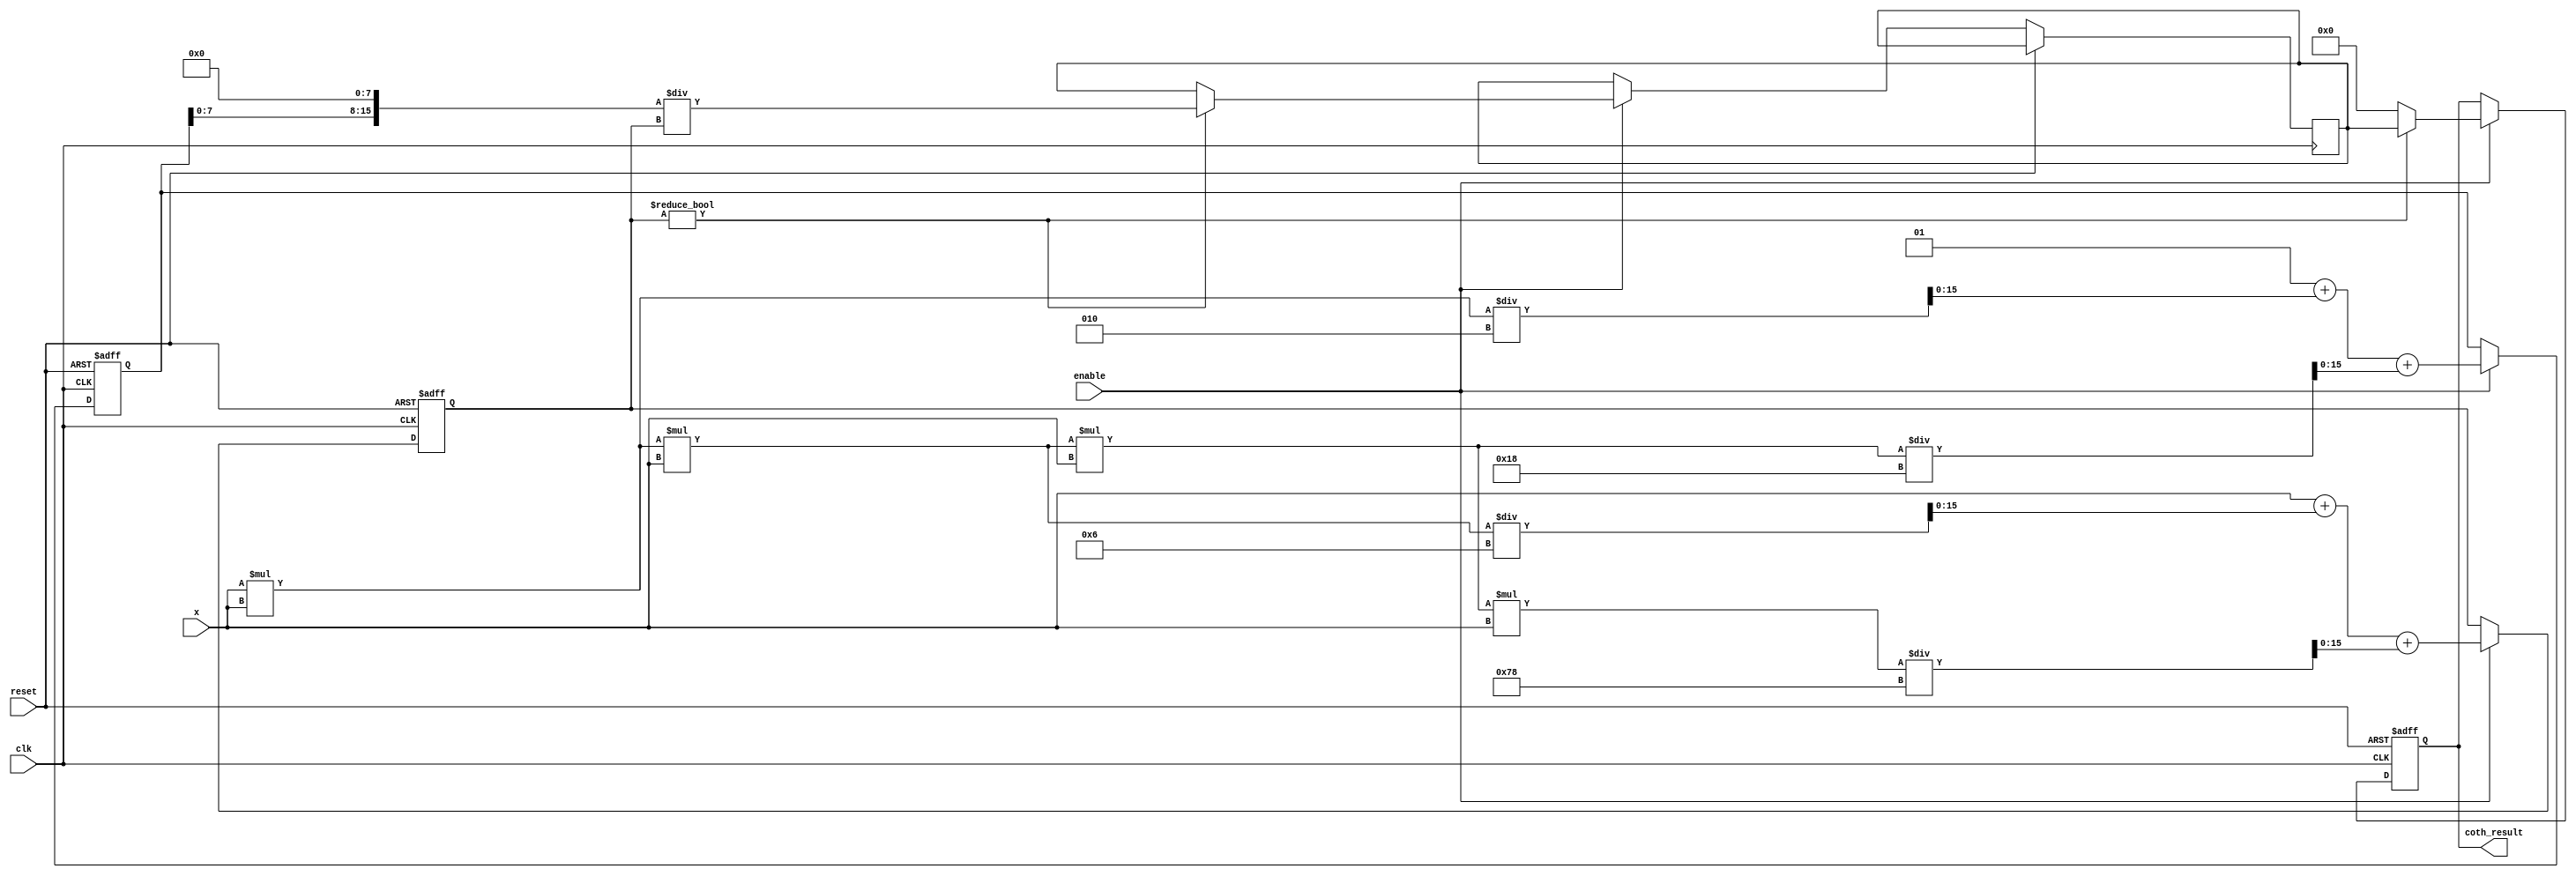
module hyperbolic_cotangent #(
    parameter WIDTH = 16, // Bit-width for fixed-point representation
    parameter FRAC_WIDTH = 8 // Fractional bits for fixed-point representation
)(
    input wire clk,
    input wire reset,
    input wire enable,
    input wire signed [WIDTH-1:0] x, // Input value
    output reg signed [WIDTH-1:0] coth_result // Output result
);

    // Internal signals
    reg signed [WIDTH-1:0] sinh_x;
    reg signed [WIDTH-1:0] cosh_x;
    reg signed [WIDTH-1:0] tanh_x;
    reg signed [WIDTH-1:0] temp_result;

    // Function to compute sinh(x) using Taylor series
    function signed [WIDTH-1:0] sinh;
        input signed [WIDTH-1:0] x;
        begin
            sinh = x; // First term
            sinh = sinh + (x * x * x) / 6; // Second term
            sinh = sinh + (x * x * x * x * x) / 120; // Third term
            // Additional terms can be added for more precision
        end
    endfunction

    // Function to compute cosh(x) using Taylor series
    function signed [WIDTH-1:0] cosh;
        input signed [WIDTH-1:0] x;
        begin
            cosh = 1; // First term
            cosh = cosh + (x * x) / 2; // Second term
            cosh = cosh + (x * x * x * x) / 24; // Third term
            // Additional terms can be added for more precision
        end
    endfunction

    // Always block for computation
    always @(posedge clk or posedge reset) begin
        if (reset) begin
            coth_result <= 0;
            sinh_x <= 0;
            cosh_x <= 0;
        end else if (enable) begin
            // Compute sinh(x) and cosh(x)
            sinh_x <= sinh(x);
            cosh_x <= cosh(x);

            // Avoid division by zero
            if (sinh_x != 0) begin
                // Compute coth(x) = cosh(x) / sinh(x)
                temp_result <= (cosh_x << FRAC_WIDTH) / sinh_x; // Scale to maintain precision
                coth_result <= temp_result;
            end else begin
                // Handle edge case where sinh(x) is zero
                coth_result <= 0; // or some defined saturation value
            end
        end
    end

endmodule